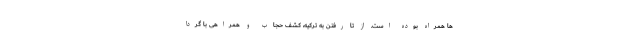
ها همراه بوده است. از تا رفتن به ترکیه، کشف حجاب و همراهی با گردا